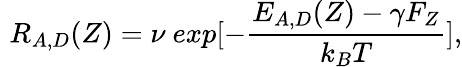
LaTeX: \, \, R_{A,D}(Z)=\nu\ exp[-\frac{E_{A,D}(Z)-\gamma F_{Z}}{k_{B}T}],